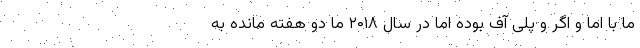
ما با اما و اگر و پلی آف بوده اما در سال ۲۰۱۸ ما دو هفته مانده به